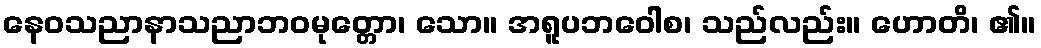
နေဝသညာနာသညာဘဝမုတ္တော၊ သော။ အရူပဘဝေါစ၊ သည်လည်း။ ဟောတိ၊ ၏။